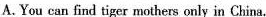
A.You can find tiger mothers only in China.